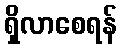
ရှိလာစေရန်